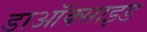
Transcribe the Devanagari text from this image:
डाऑक्साइड